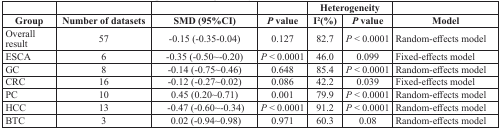
|  |  |  |  | <COLSPAN=2> Heterogeneity |  |
 | Group | Number of datasets | SMD (95%CI) | P value | I2 (%) | P value | Model |
 | --- | --- | --- | --- | --- | --- | --- |
 | Overall result | 57 | −0.15 (−0.35-0.04) | 0.127 | 82.7 | P < 0.0001 | Random-effects model |
 | ESCA | 6 | −0.35 (−0.50~-0.20) | P < 0.0001 | 46.0 | 0.099 | Fixed-effects model |
 | GC | 8 | −0.14 (−0.75~0.46) | 0.648 | 85.4 | P < 0.0001 | Random-effects model |
 | CRC | 16 | −0.12 (−0.27~0.02) | 0.086 | 42.2 | 0.039 | Fixed-effects model |
 | PC | 10 | 0.45 (0.20~0.71) | 0.001 | 79.9 | P < 0.0001 | Random-effects model |
 | HCC | 13 | −0.47 (−0.60~-0.34) | P < 0.0001 | 91.2 | P < 0.0001 | Random-effects model |
 | BTC | 3 | 0.02 (−0.94~0.98) | 0.971 | 60.3 | 0.08 | Random-effects model |